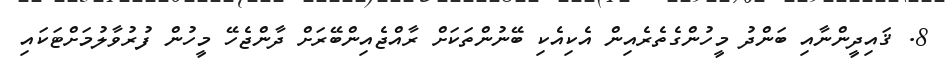
8. ޤައިދީންނާއި ބަންދު މީހުންގެތެރެއިން އެކިއެކި ބޭނުންތަކަށް ރާއްޖެއިންބޭރަށް ދާންޖެހޭ މީހުން ފުރުވާލުމަށްޓަކައި